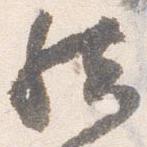
然